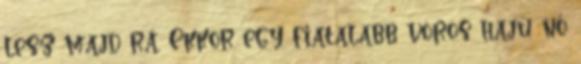
lesz majd rá. Ekkor egy fiatalabb vörös hajú nő